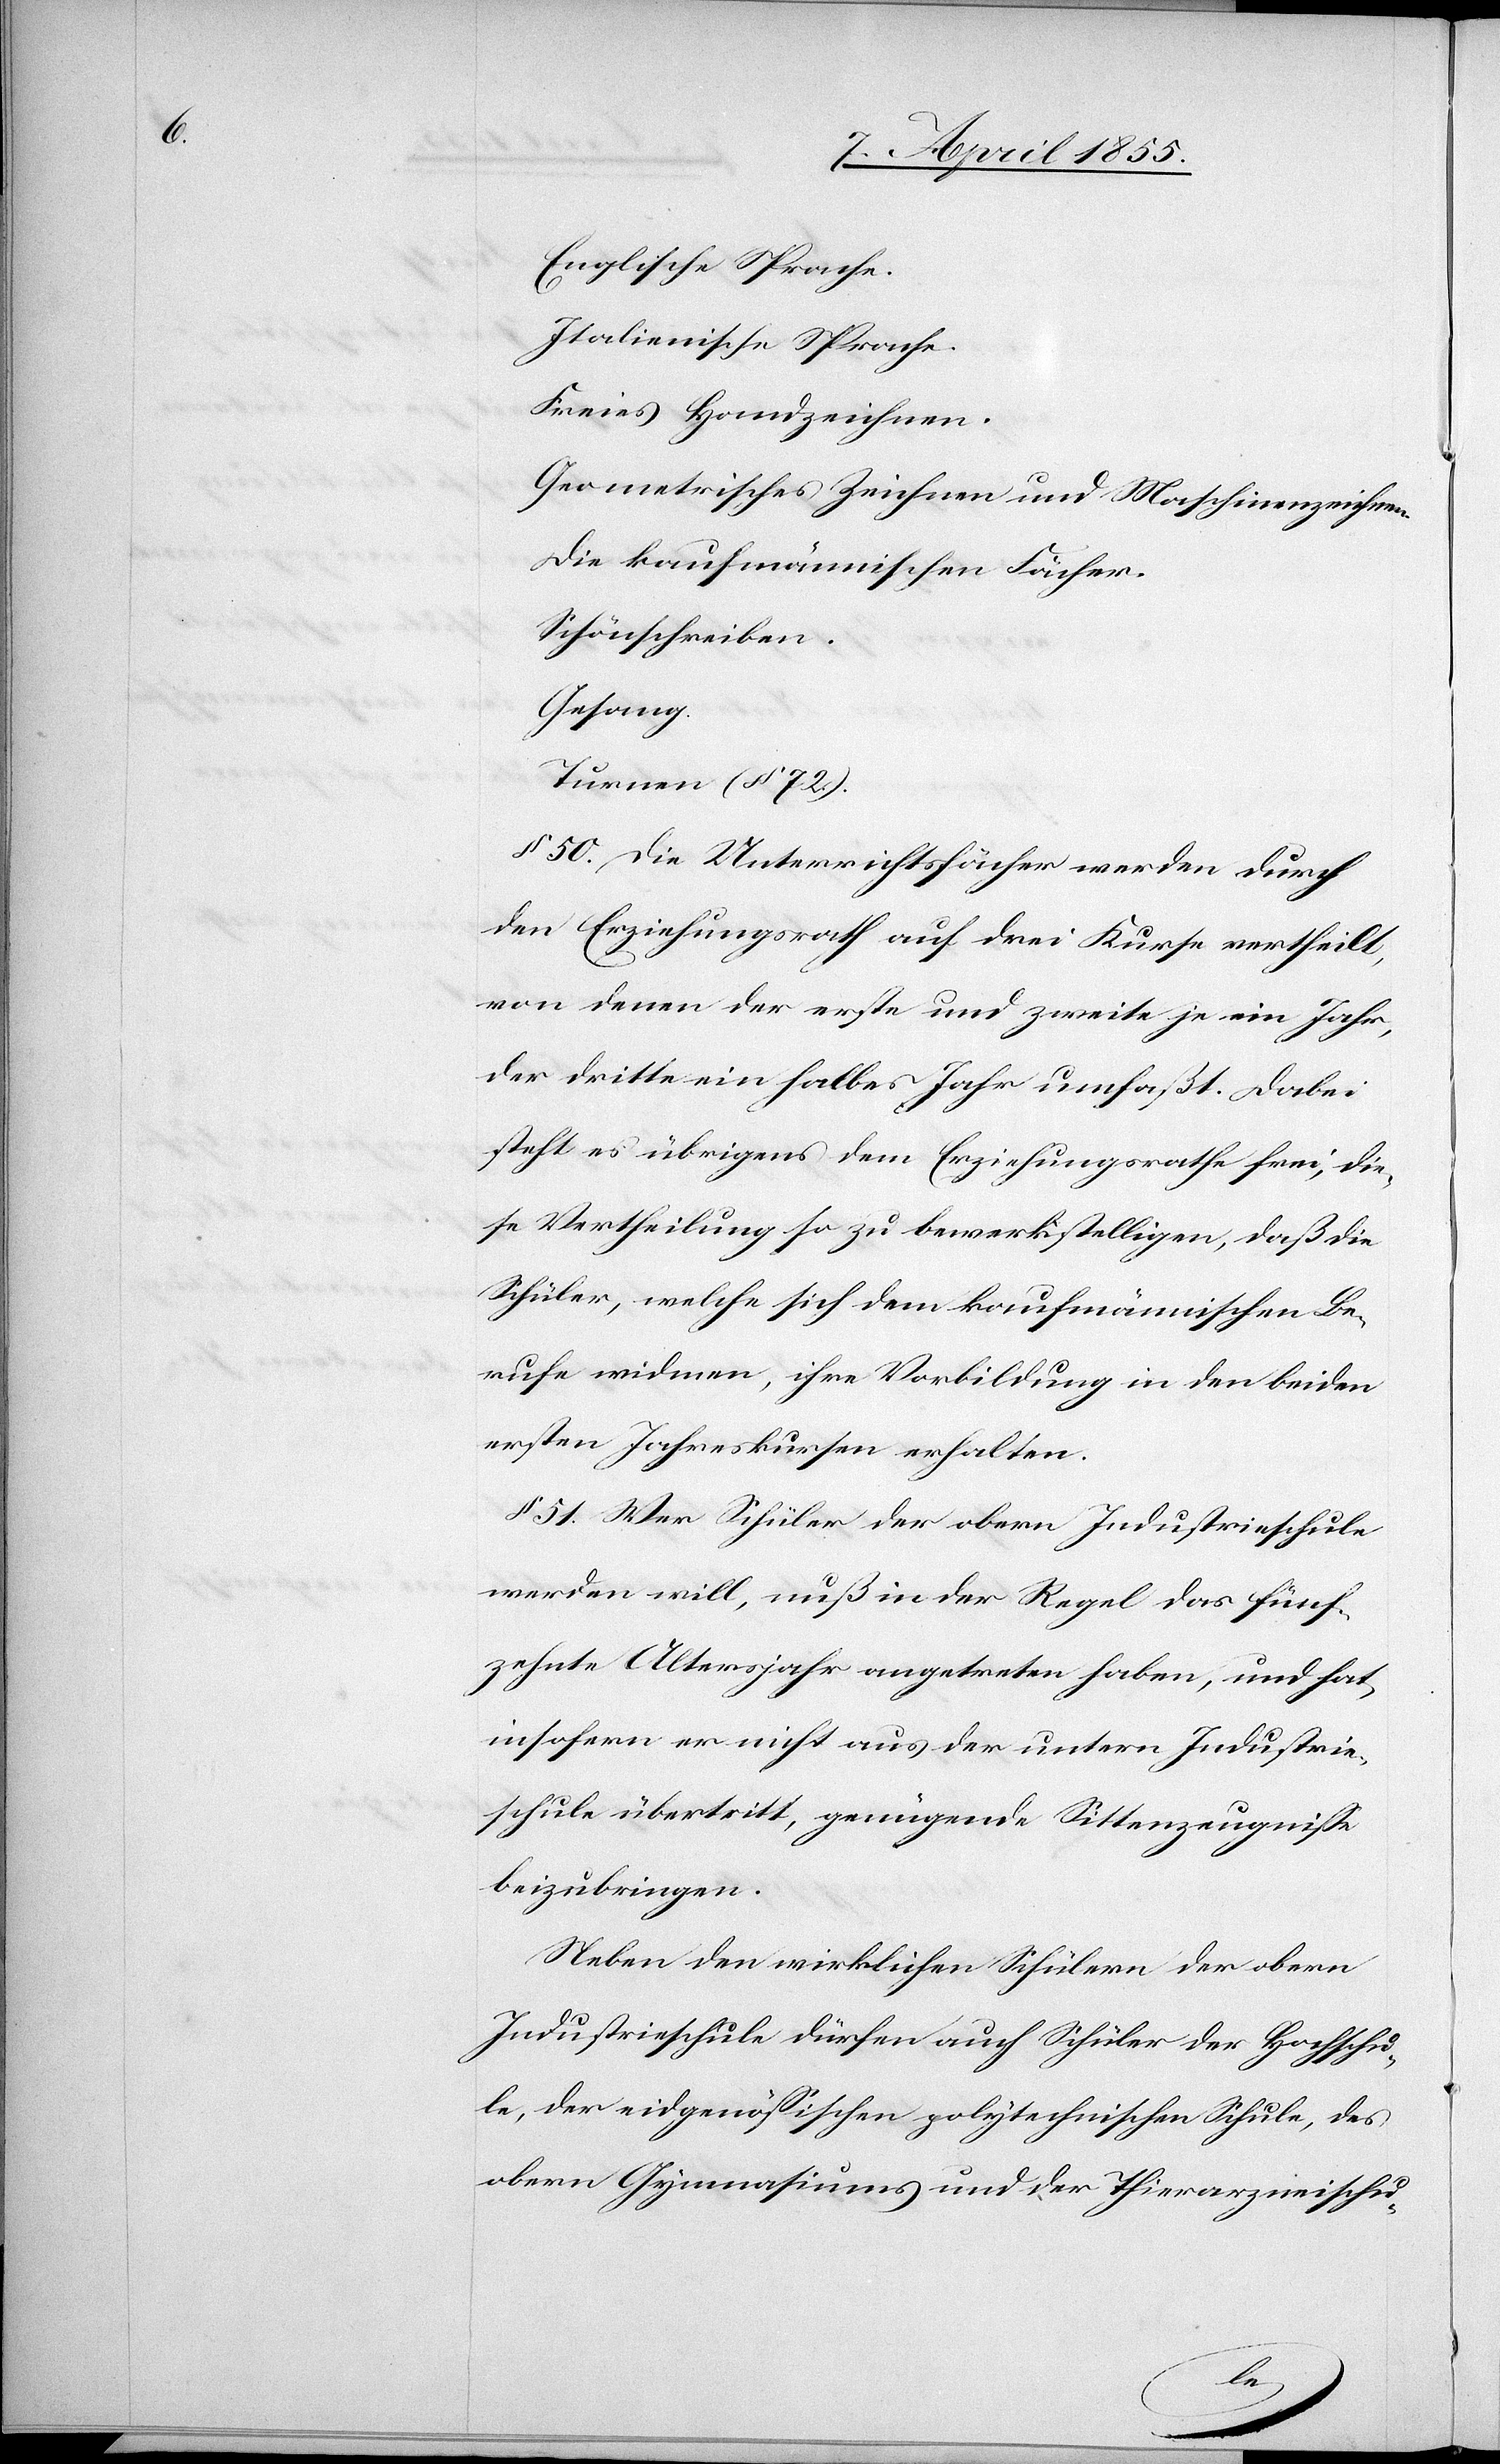
Englische Sprache.
Italienische Sprache.
Freies Handzeichnen.
Geometrisches Zeichnen und Maschinenzeichnen.
Die kaufmännischen Fächer.
Schönschreiben.
Gesang.
Turnen (§ 72.).
§ 50. Die Unterrichtsfächer werden durch
den Erziehungsrath auf drei Kurse vertheilt,
von denen der erste und zweite je ein Jahr,
der dritte ein halbes Jahr umfaßt. Dabei
steht es übrigens dem Erziehungsrathe frei, die¬
se Vertheilung so zu bewerkstelligen, daß die
Schüler, welche sich dem kaufmännischen Be¬
rufe widmen, ihre Vorbildung in den beiden
ersten Jahreskursen erhalten.
§ 51. Wer Schüler der obern Industrieschule
werden will, muß in der Regel das fünf¬
zehnte Altersjahr angetreten haben, und hat,
insofern er nicht aus der untern Industrie¬
schule übertritt, genügende Sittenzeugnisse
beizubringen.
Neben den wirklichen Schülern der obern
Industrieschule dürfen auch Schüler der Hochschu¬
le, der eidgenössischen polytechnischen Schule, des
obern Gymnasiums und der Thierarzneischu-